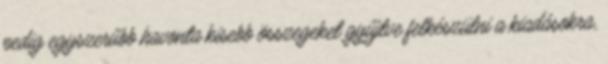
pedig egyszerűbb havonta kisebb összegeket gyűjtve felkészülni a kiadásokra,